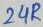
Text: 24R